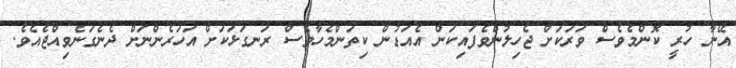
އޭނާ ހުރީ ކޮންމެވެސް ވަރަކަށް ޖެހިލުންވެފައިކަން އެއަޑުން ކިތަންމެހާވެސް ރަނގަޅަކަށް އަހަރެންނަށް ދެނެގަނެވިއްޖެއެވެ.